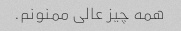
همه چیز عالی ممنونم.